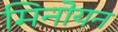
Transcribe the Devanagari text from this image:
मिनोयन